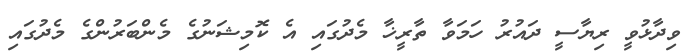
ވިދާޅުވީ ރިޔާސީ ދައުރު ހަމަވާ ތާރީޚާ މެދުގައި އެ ކޮމިޝަނުގެ މެންބަރުންގެ މެދުގައި